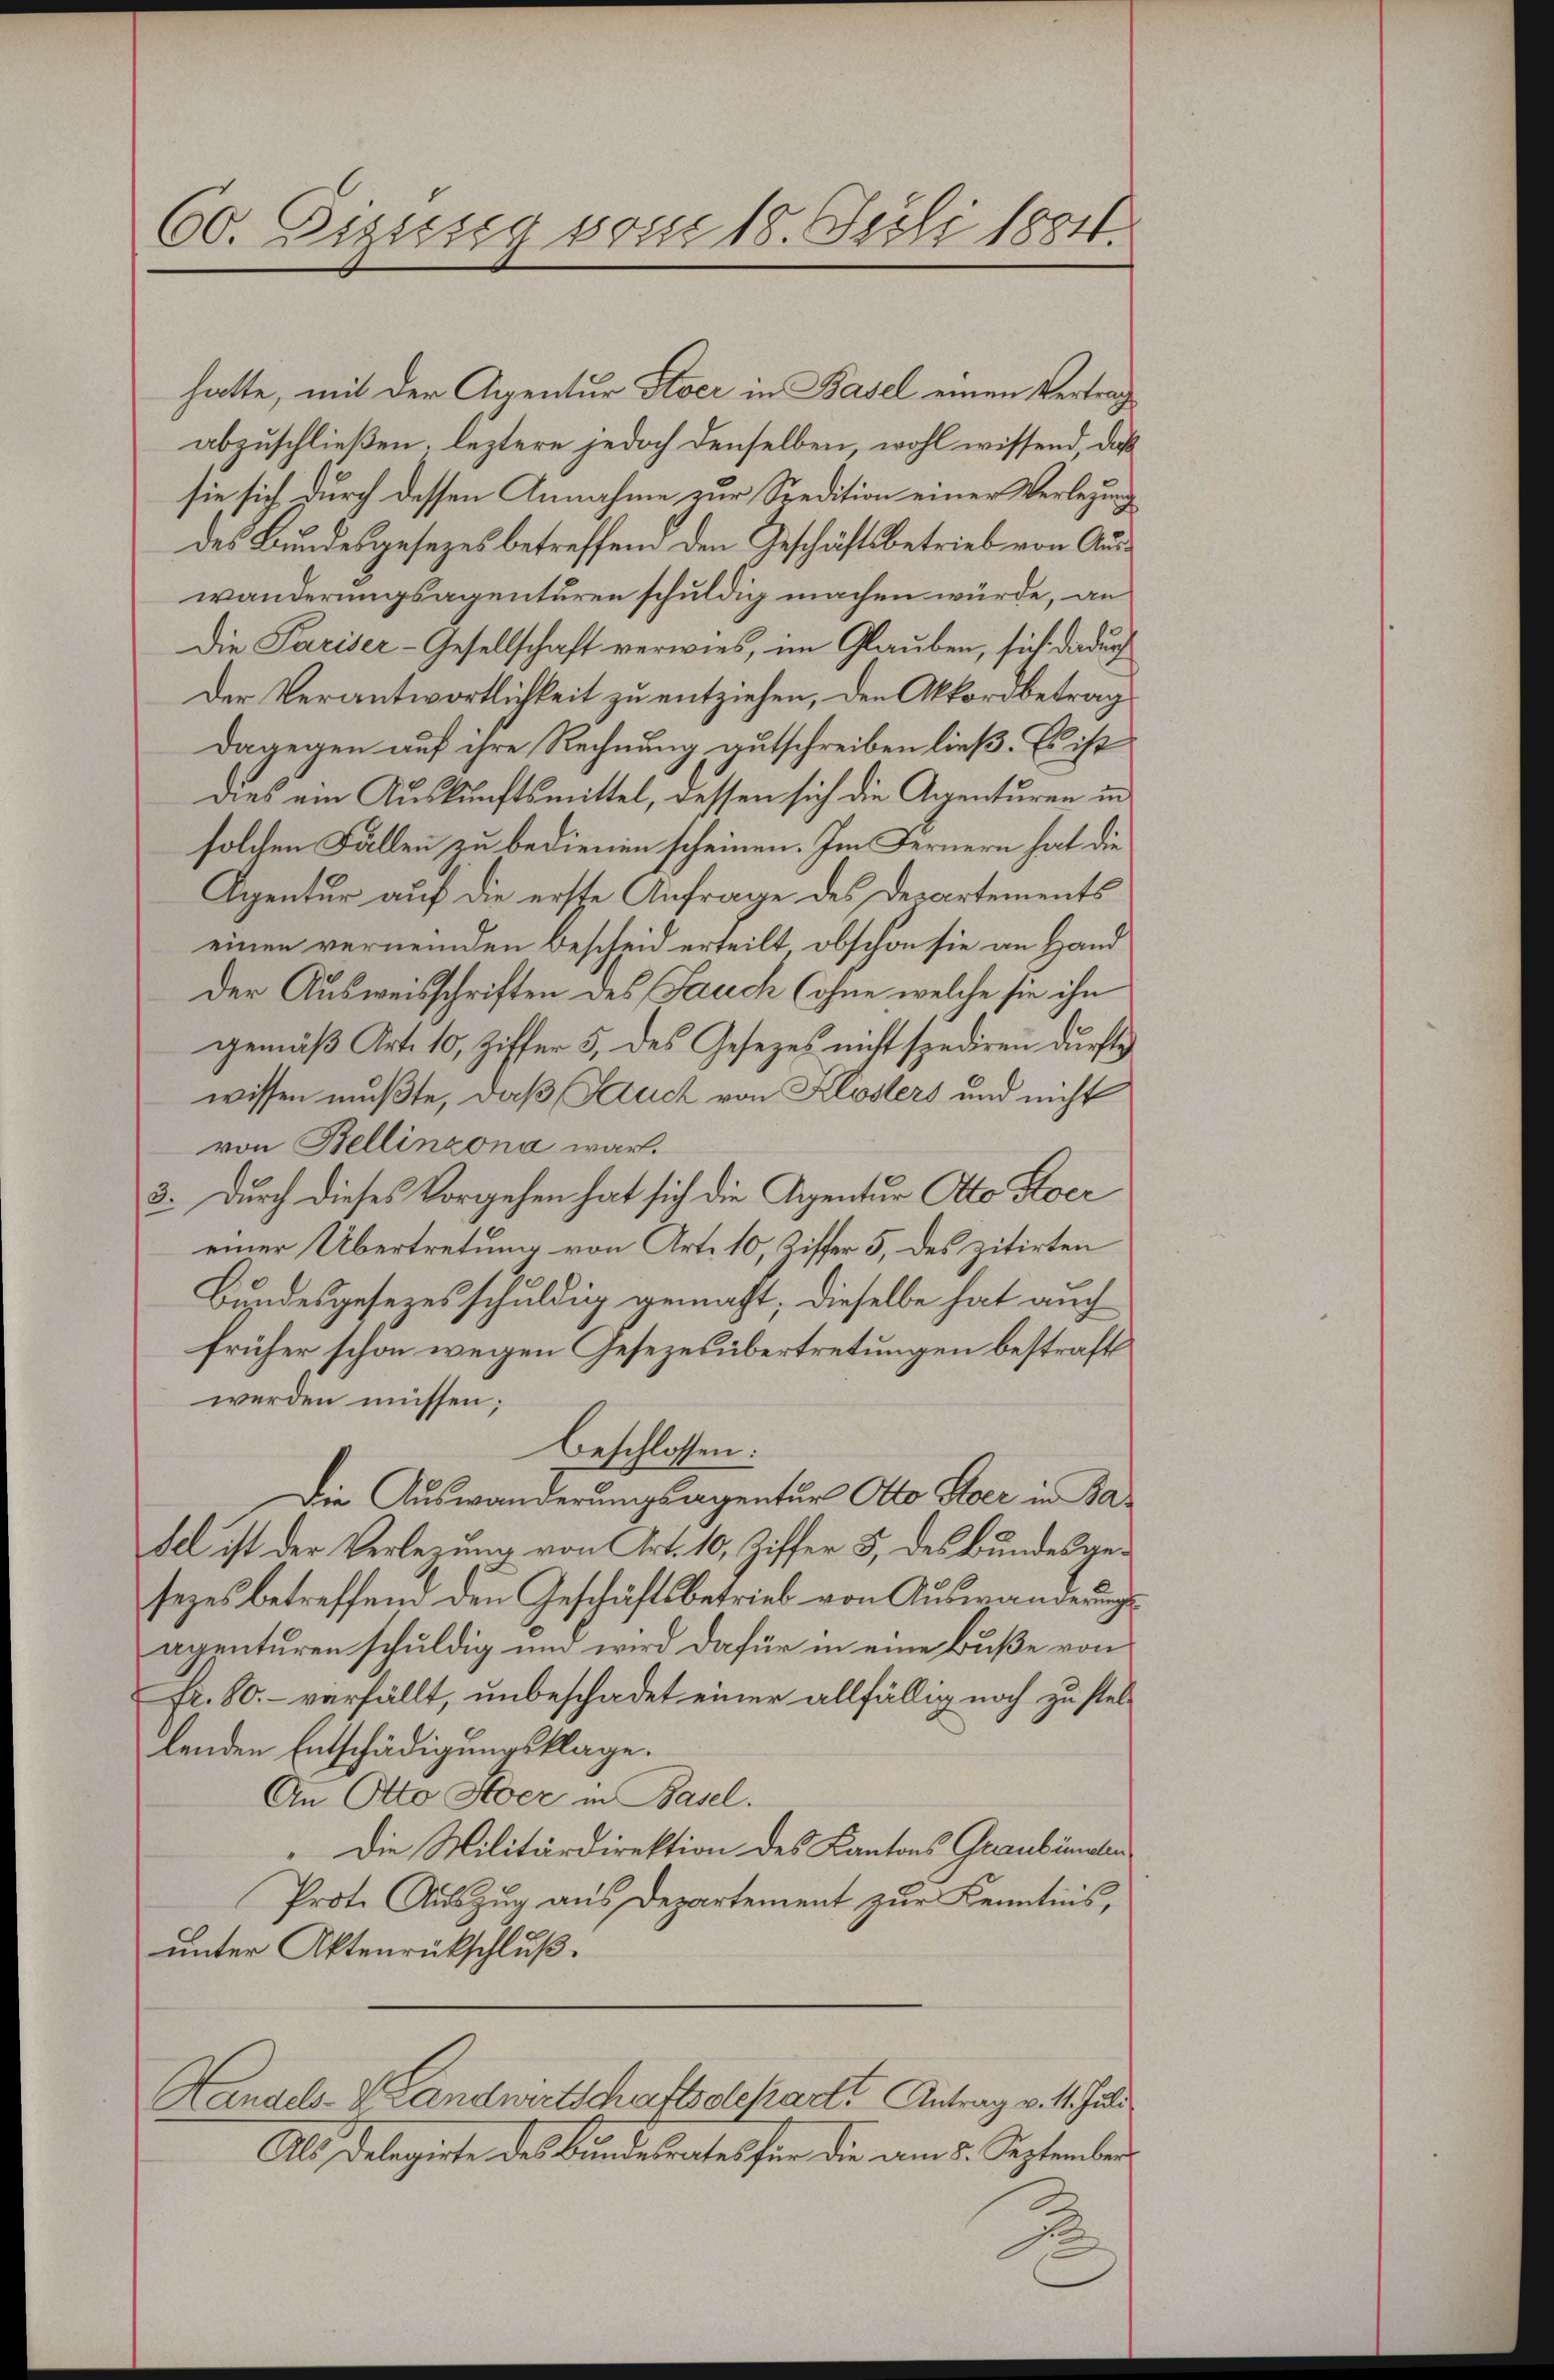
60. Dezung vom 18. Juli 1884.

hatte, mit der Agentur Stoer in Basel einen Vertrag
abzuschließen, leztere jedoch denselben, wohl wissend, daß
sie sich durch dessen Annahme zur Spedition einer Verlegung
des Bundesgesezes betreffend den Geschäftsbetrieb von Auswanderungsagenturen schuldig machen würde, an
Die Pariser-Gesellschaft verwies, im Glauben, sich dadurch
Der Verantwortlichkeit zu entziehen, den Akkordbetrag
dagegen auf ihre Rechnung aufschreiben ließ. Es ist
dies ein Auskunftsmittel, dessen sich die Agenturen in
solchen Fällen zu bedienen scheinen. Im Fernern hat die
Agentur auf die erste Anfrage des Departements
einen vermeiden Bescheid erteilt, obschon sie an Hand
Der Ausweisschriften des Sauech (ohne welche sie ihn
gemäß Art. 10, Ziffer 5. des Gesezes nicht spediren dürftig
wissen mußte, daß Fruch von Klösters und nicht
von Bellinzona war.
3. Durch dieses Vorgehen hat sich die Regentur Otto Stoer
einer Übertretung von Art. 10, Ziffer 5, des zitirten
Bundesgesezesschuldig gemacht; dieselbe hat auch
früher schon wegen Gesezesübertretungen bestraft
werden müssen;
beschlossen:
Die Auswanderungsagentur Otto Eber in Badel ist der Verlegung von Art. 10, Ziffer 3, des Bundesgesezes betreffend den Geschäftsbetrieb von Auswänderungsagenturen schuldig und wird dafür in eine Buße von
fr. 80. - verfällt, unbeschadet einer allfällig noch zu stellenden Entschädigungsklage.
An Otto Hoer in Basel.
„Die Militärdirektion des Kantons Graubünden
Prote Auszug aus Departement zur Kenntnis,
unter Aktenrückschluß.
Handels- & Landwirtschaftsoleparte Antrag v. 11. Juli
Als Delegirte des Bundesrates für die am 5. September